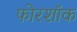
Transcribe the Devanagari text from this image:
फोरशॉक